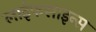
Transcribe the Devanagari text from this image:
लाईफसाइन्स